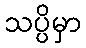
သပ္ပိမှာ